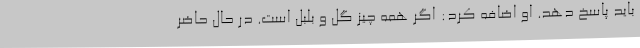
باید پاسخ دهد. او اضافه کرد: اگر همه چیز گل و بلبل است. در حال حاضر